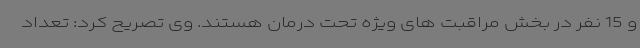
و 15 نفر در بخش مراقبت های ویژه تحت درمان هستند. وی تصریح کرد: تعداد